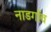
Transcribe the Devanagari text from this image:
नाडगाँव